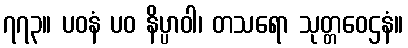
၇၇၃။ ပဝနံ ပဝ နိပ္ပာဝါ၊ တသရော သုတ္တဝေဌနံ။